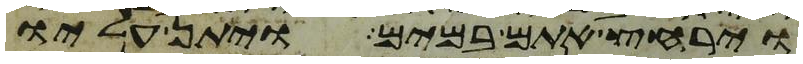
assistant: וירחץ אתם במים ויתן עליו